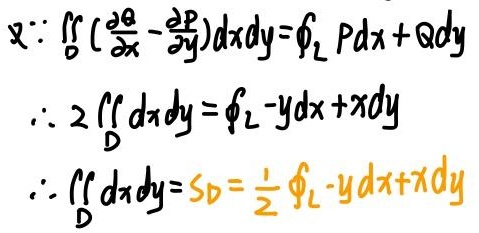
\[
\begin{align*}
&\text{又}:\iint_{D}(\frac{\partial Q}{\partial x}-\frac{\partial P}{\partial y})dxdy=\oint_{L}Pdx + Qdy\\
&\therefore 2\iint_{D}dxdy=\oint_{L}-ydx + xdy\\
&\therefore \iint_{D}dxdy=S_{D}=\frac{1}{2}\oint_{L}-ydx + xdy
\end{align*}
\]